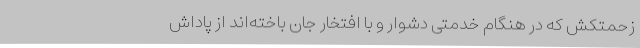
زحمتکش که در هنگام خدمتی دشوار و با افتخار جان باخته‌اند از پاداش